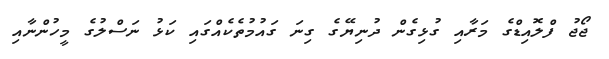
ޖޯޖު ފްލޮއިޑްގެ މަރާއި ގުޅިގެން ދުނިޔޭގެ ގިނަ ގައުމުތެކެއްގައި ކަޅު ނަސްލުގެ މީހުންނާއި